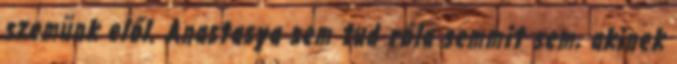
szemünk elől. Anastasya sem tud róla semmit sem, akinek